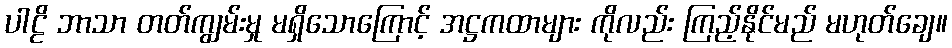
ပါဠိ ဘာသာ တတ်ကျွမ်းမှု မရှိသောကြောင့် အဋ္ဌကထာများ ကိုလည်း ကြည့်နိုင်မည် မဟုတ်ချေ။